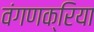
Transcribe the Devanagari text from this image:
वंगणक्रिया